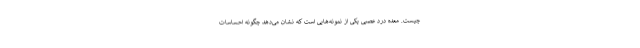
چیست. معده درد عصبی یکی از نمونه‌هایی است که نشان می‌دهد چگونه احساسات